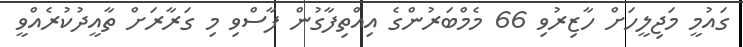
ގައުމީ މަޖިލީހަށް ހާޒިރުވި 66 މެމްބަރުންގެ އިއްތިފާގުން ފާސްވި މި ގަރާރަށް ތާއީދުކުރެއްވީ